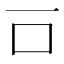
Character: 𠮛